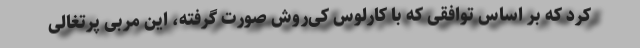
کرد که بر اساس توافقی که با کارلوس کی‌روش صورت گرفته، این مربی پرتغالی